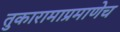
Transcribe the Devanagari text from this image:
तुकारामाप्रमाणेच